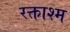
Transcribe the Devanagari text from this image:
रक्ताश्म